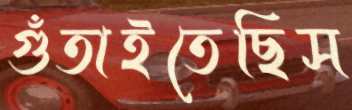
গুঁতাইতেছিস